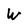
Character: W